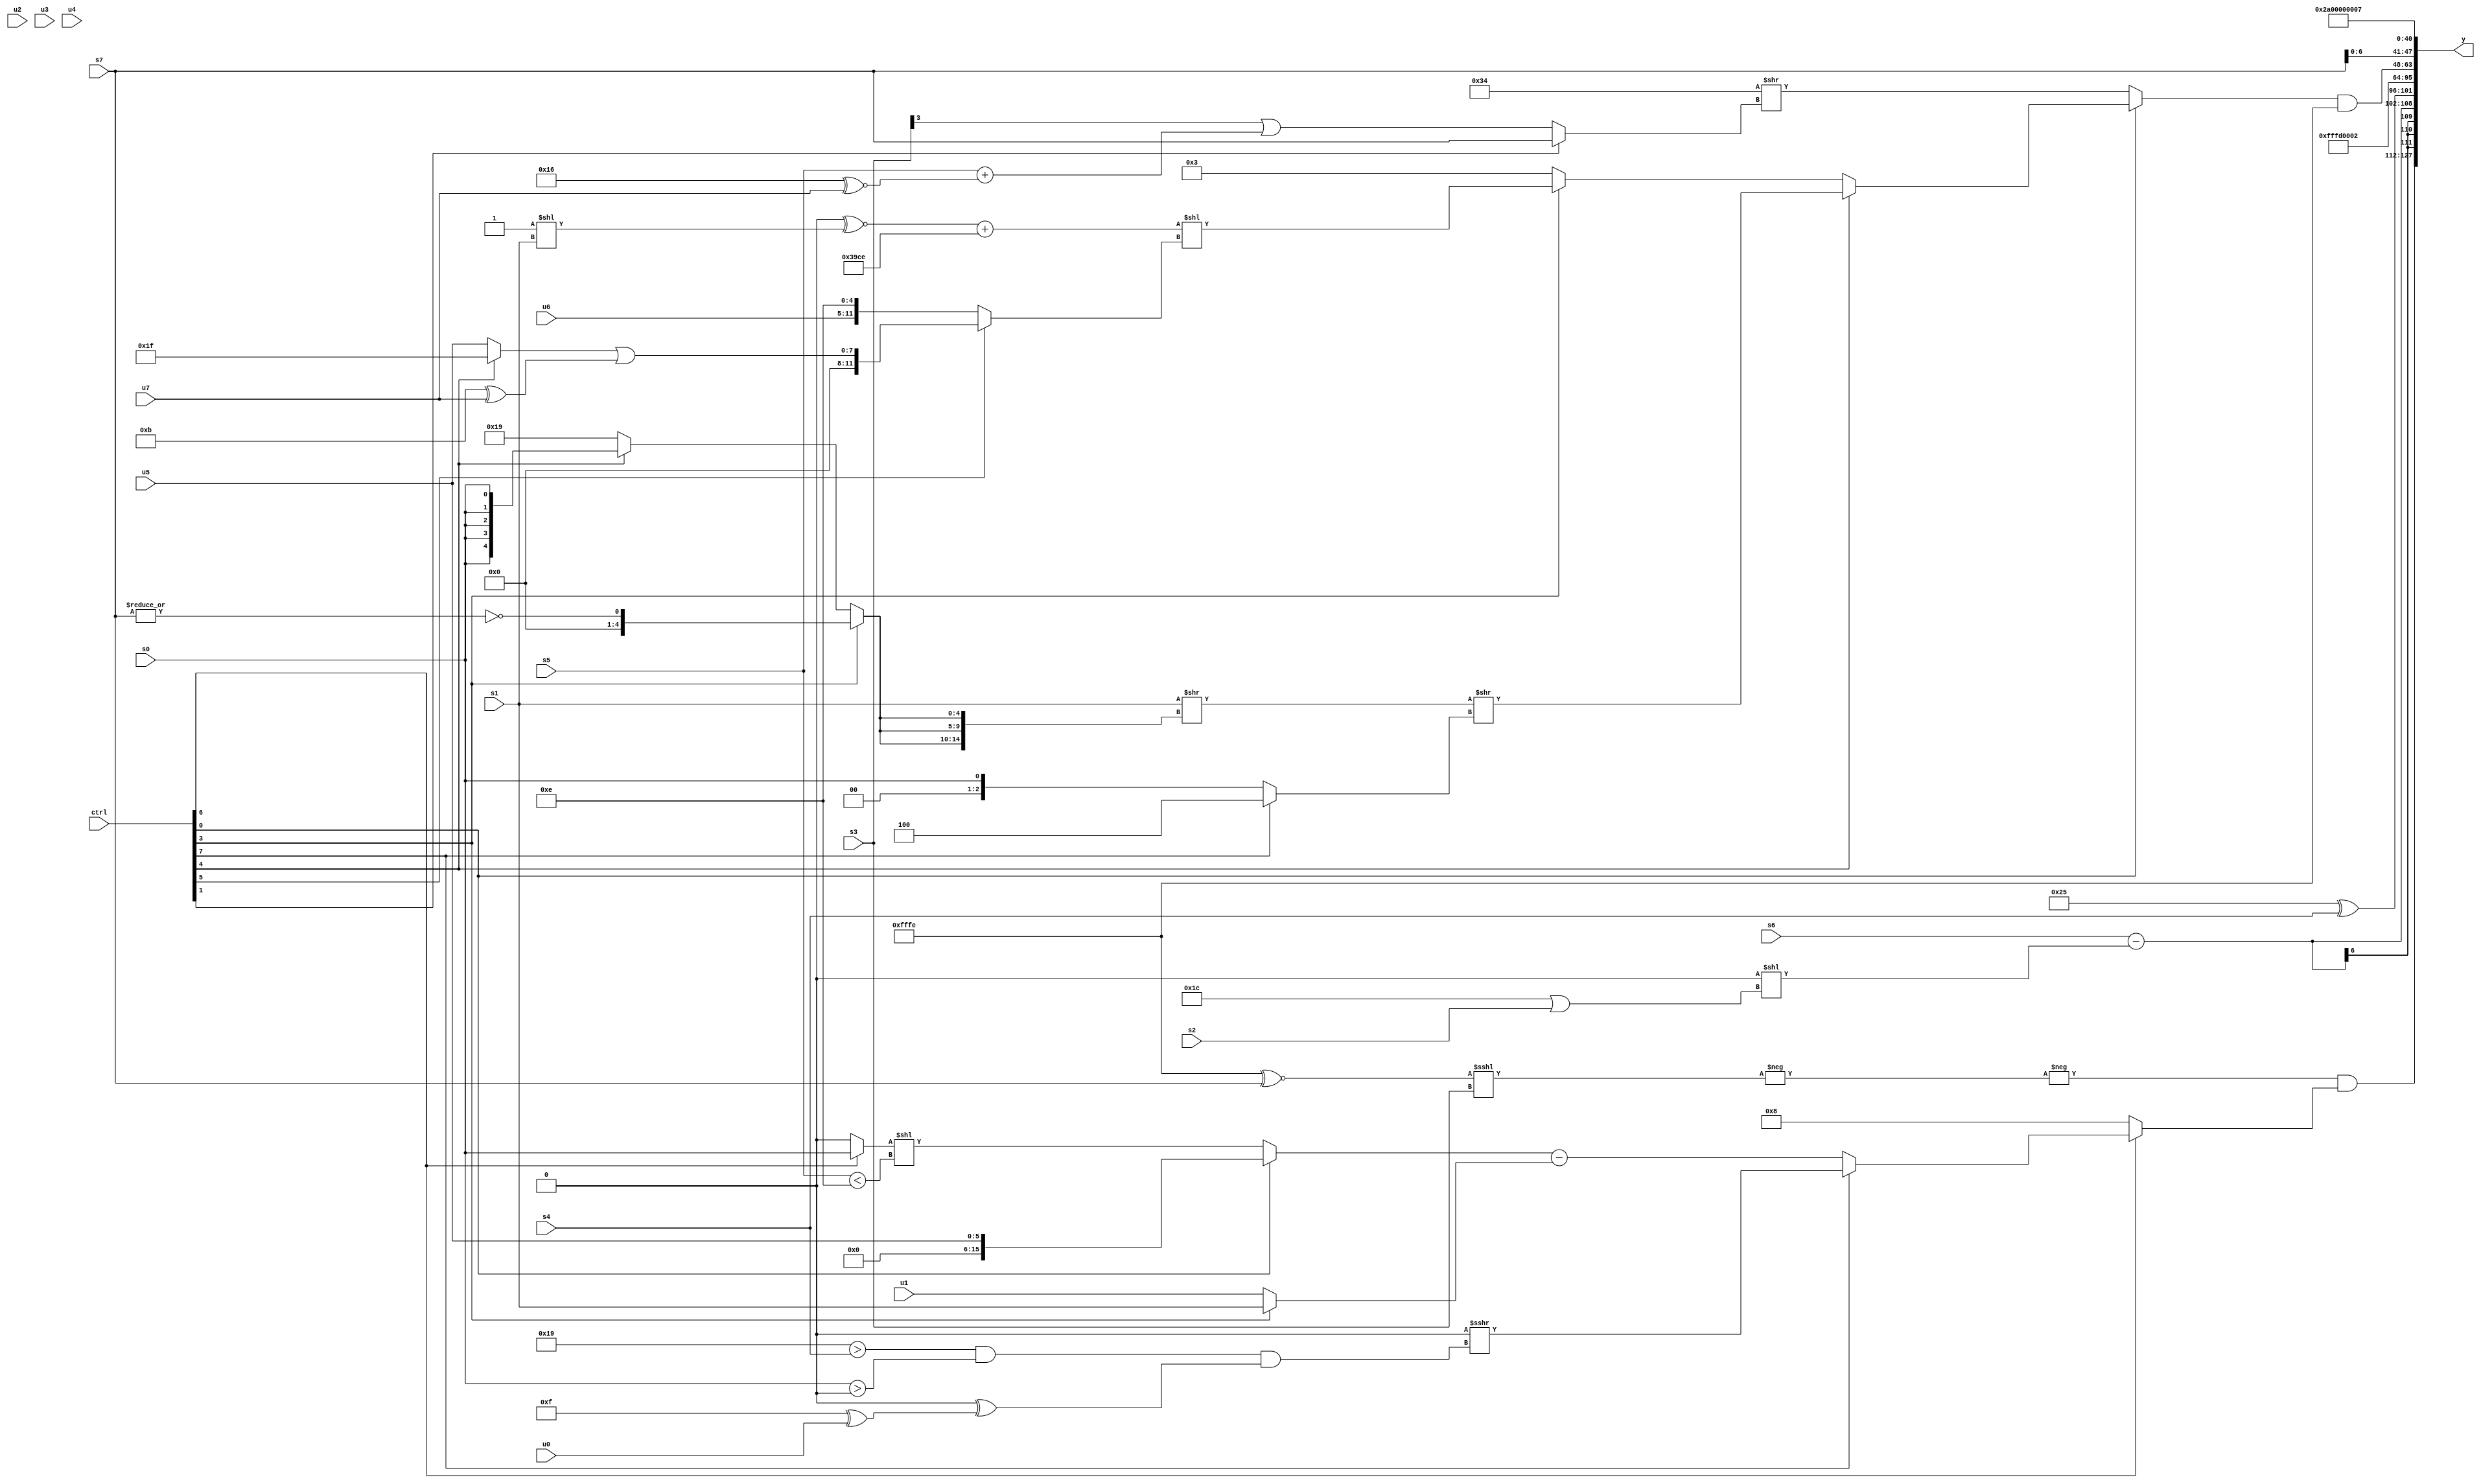
module wideexpr_00202(ctrl, u0, u1, u2, u3, u4, u5, u6, u7, s0, s1, s2, s3, s4, s5, s6, s7, y);
  input [7:0] ctrl;
  input [0:0] u0;
  input [1:0] u1;
  input [2:0] u2;
  input [3:0] u3;
  input [4:0] u4;
  input [5:0] u5;
  input [6:0] u6;
  input [7:0] u7;
  input signed [0:0] s0;
  input signed [1:0] s1;
  input signed [2:0] s2;
  input signed [3:0] s3;
  input signed [4:0] s4;
  input signed [5:0] s5;
  input signed [6:0] s6;
  input signed [7:0] s7;
  output [127:0] y;
  wire [15:0] y0;
  wire [15:0] y1;
  wire [15:0] y2;
  wire [15:0] y3;
  wire [15:0] y4;
  wire [15:0] y5;
  wire [15:0] y6;
  wire [15:0] y7;
  assign y = {y0,y1,y2,y3,y4,y5,y6,y7};
  assign y0 = (-(-((((2'sb10)^~(2'sb11))^~(s7))<<<(s3))))&((ctrl[6]?(ctrl[7]?($signed((s7)>>($signed(5'sb10001))))>>>((((6'sb011001)>(s4))&((s0)>(2'sb00)))&(((u6)<<<(3'sb111))^((5'b01111)^(u0)))):((ctrl[0]?$signed(u5):((ctrl[6]?s0:1'sb0))<<((s5)<(5'sb01110))))-(+((ctrl[3]?s1:u1)))):4'sb1000));
  assign y1 = $signed({(s6)-((~|(3'sb111))<<((6'sb011100)|(s2))),$unsigned($signed((6'sb100101)^(s4)))});
  assign y2 = 3'sb101;
  assign y3 = 3'sb010;
  assign y4 = ((ctrl[0]?(ctrl[4]?((s1)>>({3{(ctrl[3]?~^(|(s7)):$unsigned((ctrl[4]?s0:5'sb11001)))}}))>>((ctrl[7]?3'sb100:($unsigned(($signed(s0))>>>($signed(1'b1))))|((({1{u5}})<<<($signed(s1)))<<<(5'sb01010)))):+((ctrl[3]?((((5'sb00110)>>>(5'sb10001))^~((3'sb001)<<(s1)))+($signed({3{5'sb01110}})))<<((ctrl[5]?((ctrl[4]?5'b11111:u5))|((5'b01011)^(u7)):{$signed(u6),(5'sb01110)^~(2'sb11)})):2'sb11))):+((6'b110100)>>((ctrl[1]?s7:((s3)>>>(5'sb00011))|((s5)+(($signed(5'sb10110))^~($signed(u7)))))))))&((3'sb011)^~(($signed($unsigned(~&($signed($signed(-(6'sb000110)))))))<<<(1'b1)));
  assign y5 = {{+(s5),(6'sb101111)^~(s2)},(s7)<<(+(3'sb000)),3'sb000,$signed({3{-(2'sb10)}})};
  assign y6 = -({3{1'sb0}});
  assign y7 = $signed(4'sb0111);
endmodule